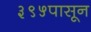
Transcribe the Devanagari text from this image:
३९५पासून